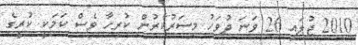
2010 ޖުލައި 26 ވަނަ ދުވަހު މިސަރުކާރުން ކުރިހާ ވެސް ކަމަކީ ކުރީގެ